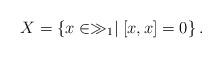
LaTeX: \begin{align*}X=\left\{x\in\gg_{1} \mid \left[x,x\right]=0\right\}.\end{align*}